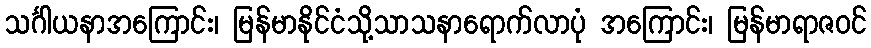
သင်္ဂါယနာအကြောင်း၊ မြန်မာနိုင်ငံသို့သာသနာရောက်လာပုံ အကြောင်း၊ မြန်မာရာဇဝင်